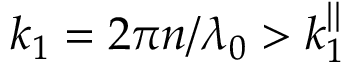
k _ { 1 } = 2 \pi n / \lambda _ { 0 } > k _ { 1 } ^ { | | }